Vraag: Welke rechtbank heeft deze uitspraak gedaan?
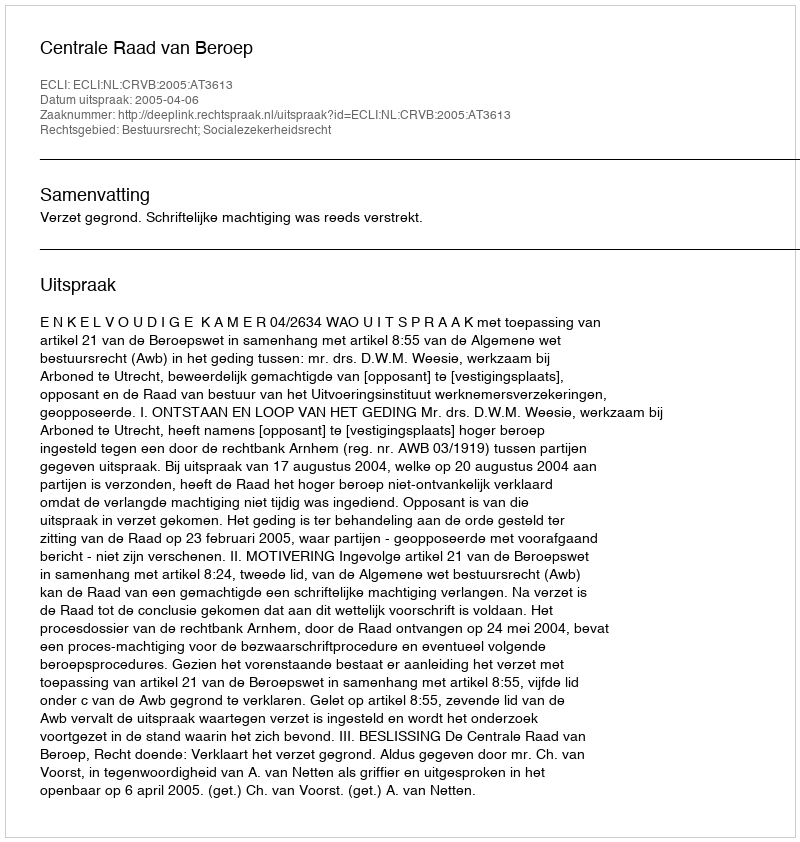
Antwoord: Centrale Raad van Beroep